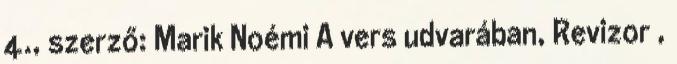
4., szerző: Marik Noémi A vers udvarában, Revizor ,